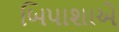
બિપાશાએ